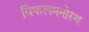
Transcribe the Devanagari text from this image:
विफलमनोरथ